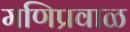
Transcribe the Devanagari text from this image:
मणिप्रवाळ